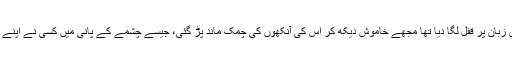
غصے اور افسردگی نے میری زبان پر قفل لگا دیا تھا مجھے خاموش دیکھ کر اس کی آنکھوں کی چمک ماند پڑ گئی، جیسے چشمے کے پانی میں کسی نے اپنے مٹی بھرے ہاتھ دھو دیئے ہیں۔